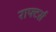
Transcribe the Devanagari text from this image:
राफ्टर्स